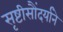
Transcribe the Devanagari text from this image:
सृष्टीसौंदर्याने